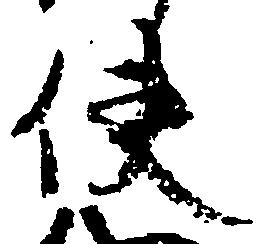
使